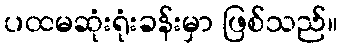
ပထမဆုံးရုံးခန်းမှာ ဖြစ်သည်။